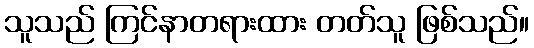
သူသည် ကြင်နာတရားထား တတ်သူ ဖြစ်သည်။